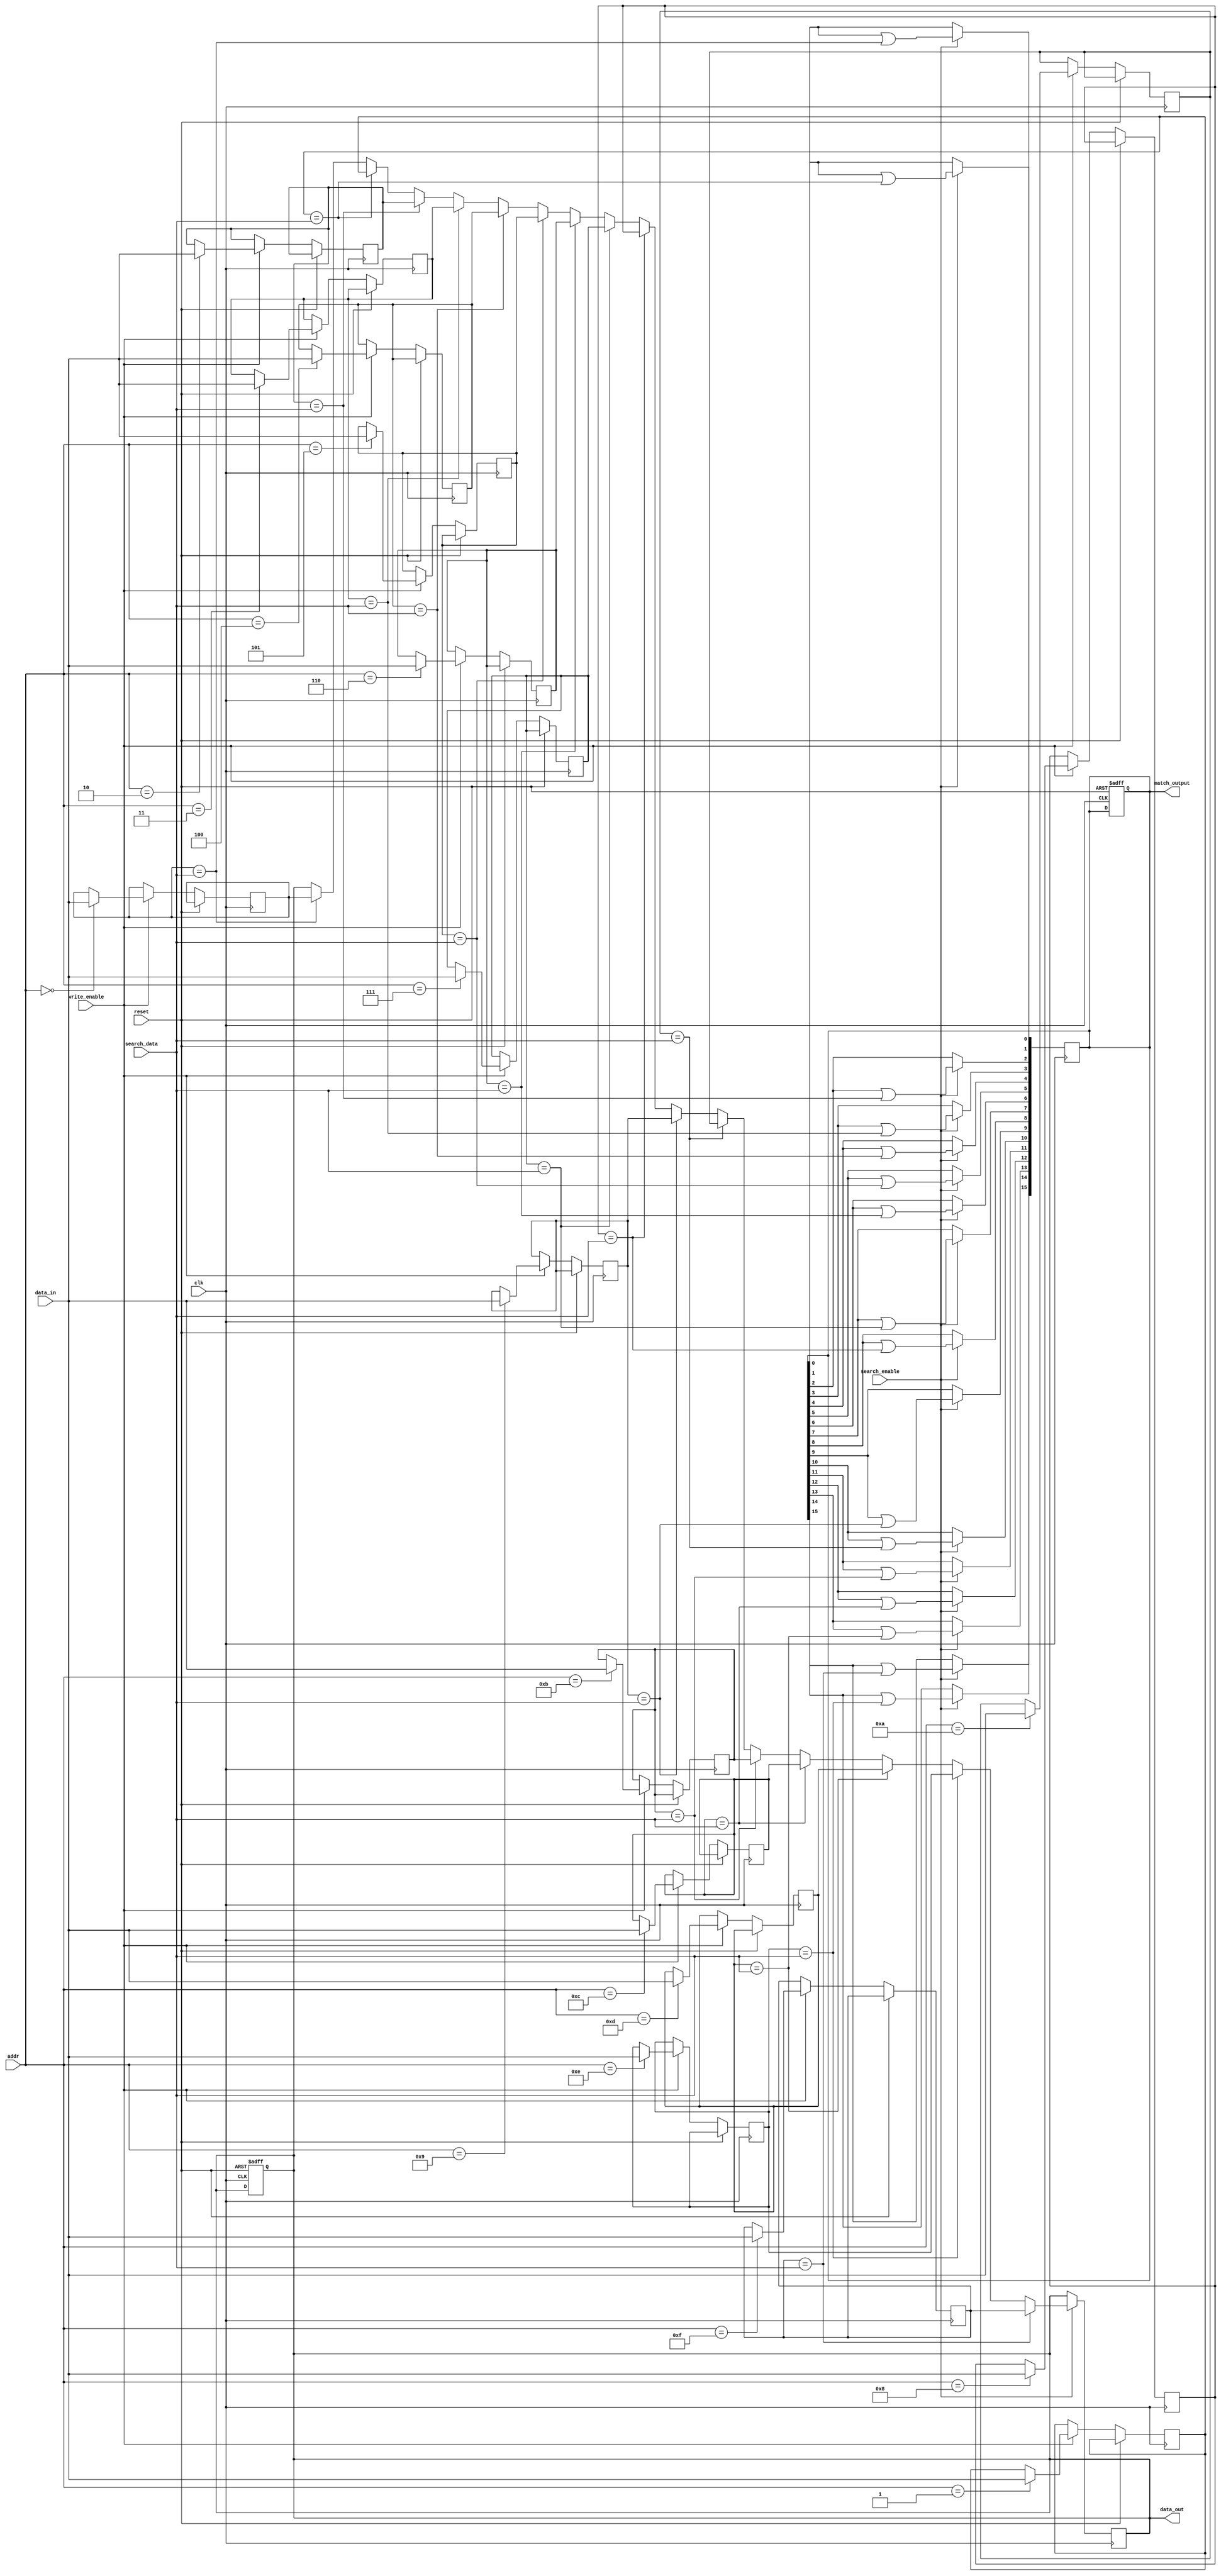
module SRAM_CAM #(
    parameter DATA_WIDTH = 8,
    parameter ADDR_WIDTH = 4,
    parameter DEPTH = 1 << ADDR_WIDTH // e.g. 16 for ADDR_WIDTH = 4
)(
    input wire clk,
    input wire reset,

    // Control signals
    input wire write_enable,
    input wire search_enable,

    // Input data
    input wire [DATA_WIDTH-1:0] data_in,
    input wire [DATA_WIDTH-1:0] search_data,

    // Address for write operations
    input wire [ADDR_WIDTH-1:0] addr,

    // Outputs
    output reg [DEPTH-1:0] match_output, // Match lines
    output reg [DATA_WIDTH-1:0] data_out // Data output for matched entries
);

    // SRAM Cells
    reg [DATA_WIDTH-1:0] sram[0:DEPTH-1];

    // Match logic
    wire [DEPTH-1:0] match_lines;

    // Writing data to SRAM
    always @(posedge clk or posedge reset) begin
        if (reset) begin
            match_output <= 0;
            data_out <= 0;
        end else if (write_enable) begin
            sram[addr] <= data_in;
        end
    end

    // Search operation
    integer i;
    always @(posedge clk) begin
        if (search_enable) begin
            match_output <= 0; // Reset match lines
            for (i = 0; i < DEPTH; i = i + 1) begin
                match_lines[i] = (sram[i] == search_data);
                match_output[i] = match_output[i] | match_lines[i]; // Aggregate matches
                if (match_lines[i]) begin
                    data_out <= sram[i]; // Output matched data
                end
            end
        end
    end

endmodule